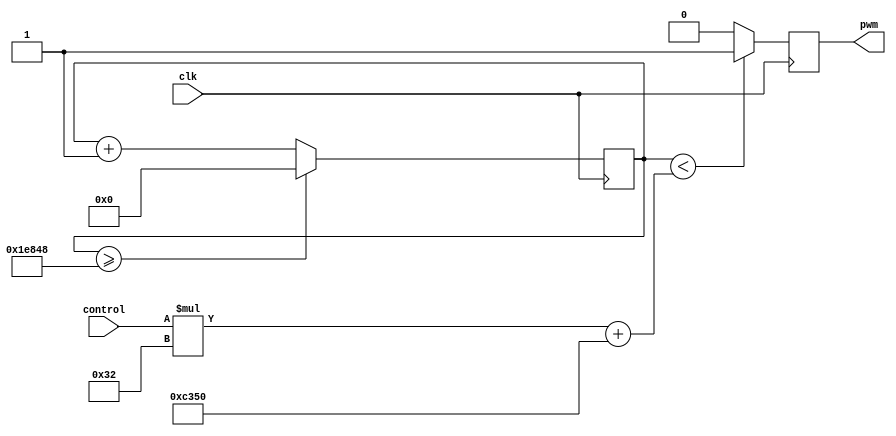
module motorouts(clk, control, pwm);
input clk;
input [9:0] control;
output pwm;

reg pwm;
reg [31:0] counter = 32'd0;

always @ (posedge clk)
begin
counter <= counter+1;


if (counter < ((control*8'd50)+32'd50000)) //control*9'150
begin				//1,000,000/4(amount of values from switches)=250,000
pwm <= 1'b1;		//however, we need the pulse to be on for 1-2ms with 1ms pulse
end				//when control=0. 1/20=0.05. 0.05*1,000,000=50,000
else				//if we wanted 500hz refresh rate, Counter=50,000,000/500
begin				//Counter = 100,000 then instead of 50,000, use 5,000
pwm <= 1'b0;		//control*12,500 comes from 250,000/20. For 500hz 1,250
end
//#############################

if (counter >= 32'd125000)	//clock speed is 50,000,000hz
begin						//we want to refresh signal 488 time a sec
counter <= 32'b0;					//50,000,000/50=1,000,000
end
else
begin
end




end




endmodule